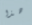
هذا